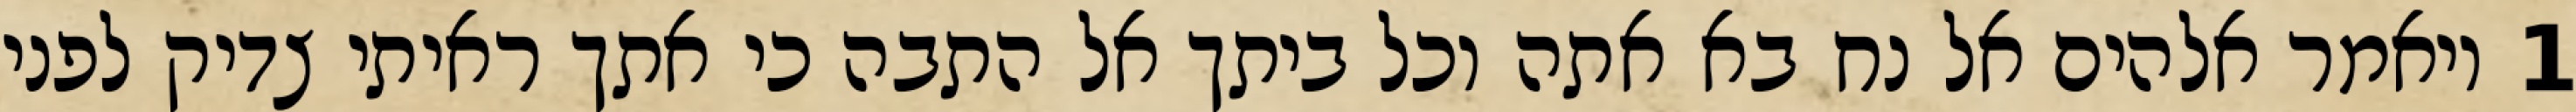
1 ויאמר אלהים אל נח בא אתה וכל ביתך אל התבה כי אתך ראיתי צדיק לפני